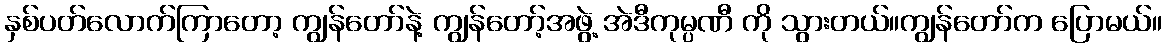
နှစ်ပတ်လောက်ကြာတော့ ကျွန်တော်နဲ့ ကျွန်တော့်အဖွဲ့ အဲဒီကုမ္ပဏီ ကို သွားတယ်။ကျွန်တော်က ပြောမယ်။